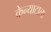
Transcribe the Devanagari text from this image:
केन्याटाला